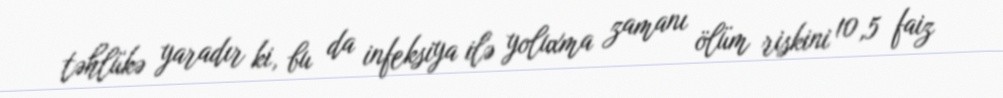
təhlükə yaradır ki, bu da infeksiya ilə yoluxma zamanı ölüm riskini 10,5 faiz